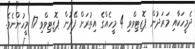
ދެމީހަކާއި މަރަދުން ޕޮޒިޓިވްވި 4 މީހެއްގެ އިތުރަށް ފޭދުން ޕޮޒިޓިވްވި 17 މީހުންނެވެ.